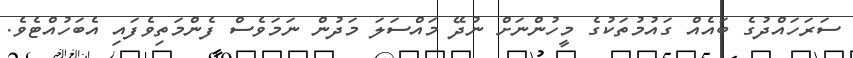
ސަރަހައްދުގެ ބައެއް ގައުމުތަކުގެ މީހުންނަށް ނުދޭ މައްސަލަ މަދުން ނަމަވެސް ފެންމަތިވެފައި އެބަހުއްޓެވެ.